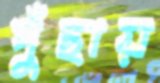
পুঁছায়